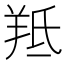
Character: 羝